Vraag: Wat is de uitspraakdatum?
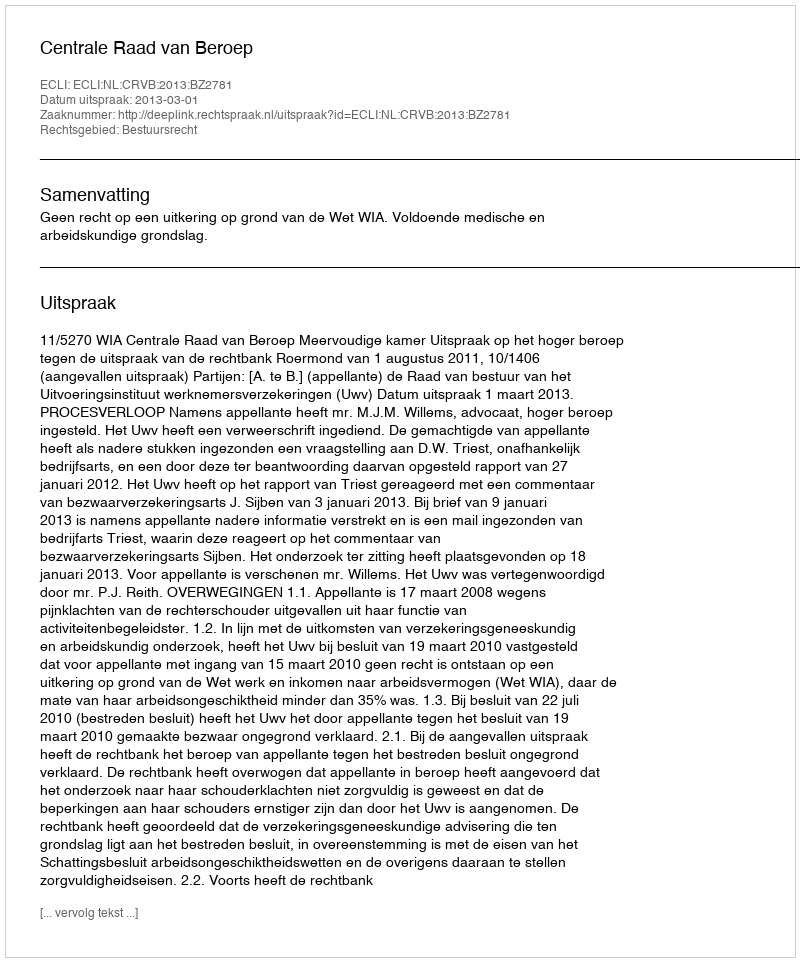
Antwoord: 2013-03-01